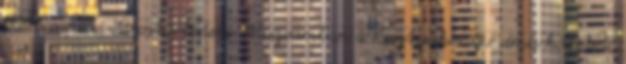
2016 a pécsi Várostörténeti Múzeumban a Kesztyûkönyv címû kötetet,